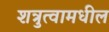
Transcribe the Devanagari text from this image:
शत्रुत्वामधील